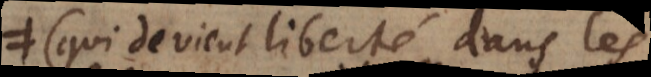
(qui devient liberté dans les